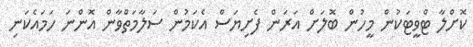
ކޮށްލާ ޓްވީޓަކުން މީހުން ބޮލަށް އަރަން ފެށިޔަސް އެކަމުން ސަލާމަތްވާން އޮންނަ ހަމައެކަނި